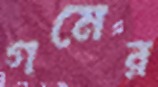
গমের